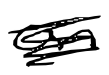
Text: on
Cross-out: scratch
Writing tool: digital_black